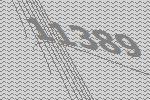
11389